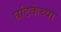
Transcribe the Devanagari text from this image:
घटिकेच्या